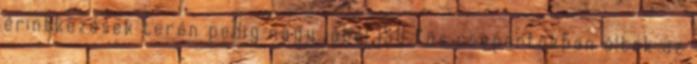
érintkezések terén pedig nagyjából 150 fõs csoportokban éltek az